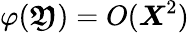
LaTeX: \varphi(\boldsymbol{\mathfrak{Y}})=O(\boldsymbol{X}^{2})